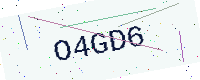
Text: O4GD6